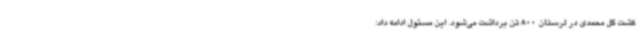
کشت گل محمدی در لرستان 800 تن برداشت می‌شود. این مسئول ادامه داد: